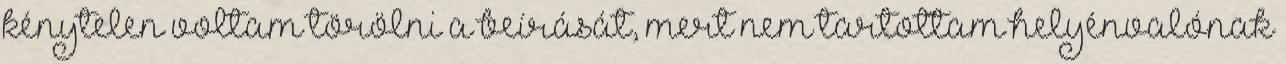
kénytelen voltam törölni a beírását, mert nem tartottam helyénvalónak